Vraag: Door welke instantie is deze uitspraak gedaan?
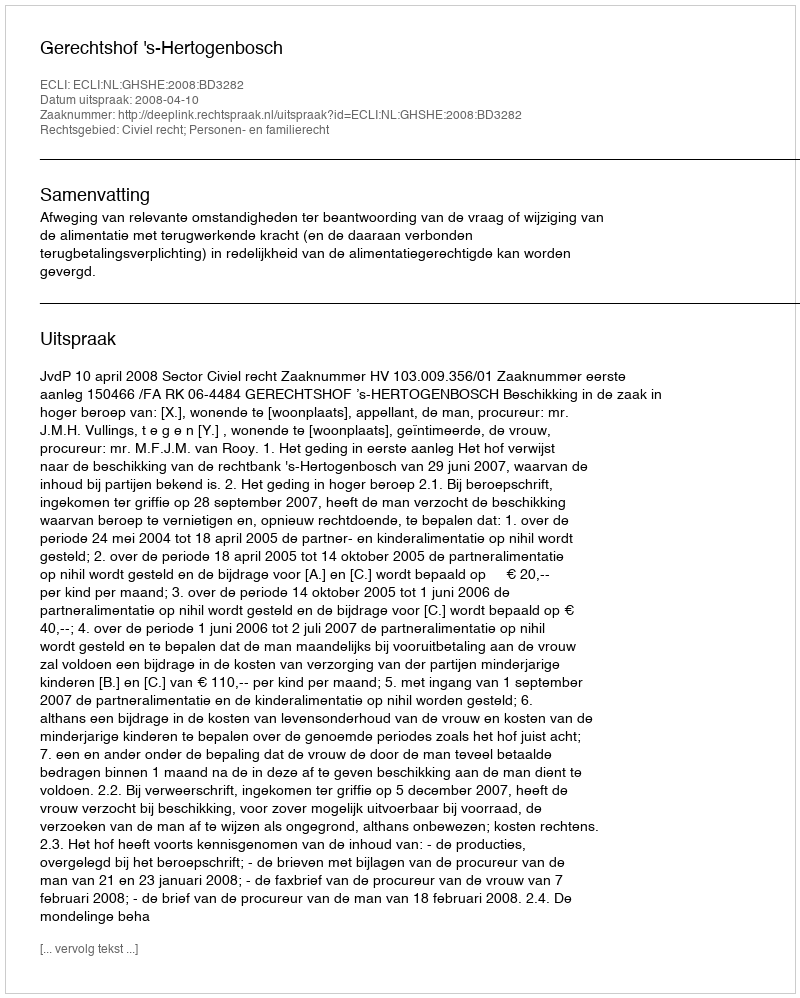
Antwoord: Gerechtshof 's-Hertogenbosch